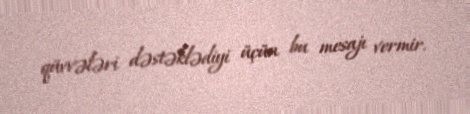
qüvvələri dəstəklədiyi üçün bu mesajı vermir.